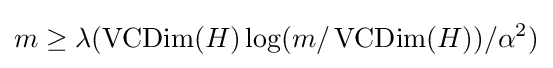
m\geq \lambda (\operatorname {VCDim} (H)\log(m/\operatorname {VCDim} (H))/\alpha ^{2})\,\!